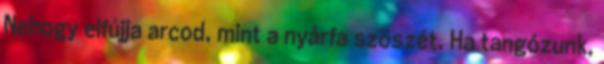
Nehogy elfújja arcod, mint a nyárfa szöszét. Ha tangózunk,